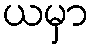
ယမှာ